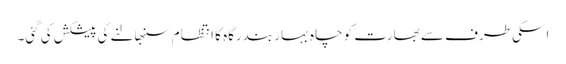
اسکی طرف سے بھارت کو چاہ بہار بندرگاہ کا انتظام سنبھالنے کی پیشکش کی گئی۔